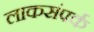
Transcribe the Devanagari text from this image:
लाकसंपर्क